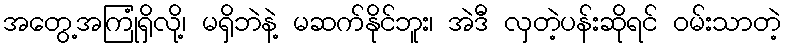
အတွေ့အကြုံရှိလို့၊ မရှိဘဲနဲ့ မဆက်နိုင်ဘူး၊ အဲဒီ လှတဲ့ပန်းဆိုရင် ဝမ်းသာတဲ့